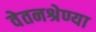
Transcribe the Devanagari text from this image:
वेतनश्रेण्या